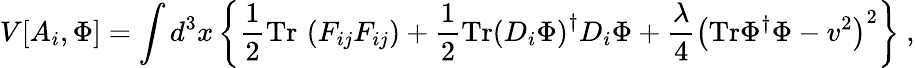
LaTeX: V[A_{i},\Phi]=\int d^{3}x\left\{ \frac{1}{2}\mathrm{Tr}\, \left(F_{ij}F_{ij}\right)+\frac{1}{2}\mathrm{Tr}\left(D_{i}\Phi\right)^{\dagger}D_{i}\Phi+\frac{\lambda}{4}\left(\mathrm{Tr}\Phi^{\dagger}\Phi-v^{2}\right)^{2}\right\} \ ,